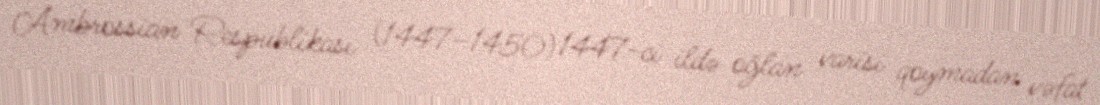
Ambrossian Respublikası (1447–1450) 1447-ci ildə oğlan varisi qoymadan vəfat